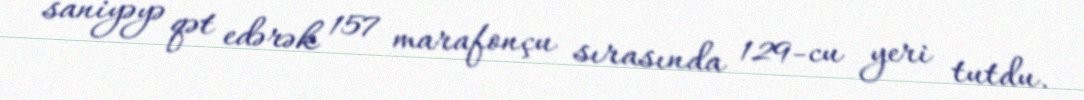
saniyəyə qət edərək 157 marafonçu sırasında 129-cu yeri tutdu.